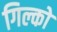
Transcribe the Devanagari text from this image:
गिल्को